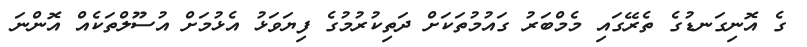
ގެ އޮނިގަނޑުގެ ތެރޭގައި މެމްބަރު ގައުމުތަކަށް ދަތިކުރުމުގެ ފިޔަވަޅު އެޅުމަށް އުސޫލްތަކެއް އޮންނަ